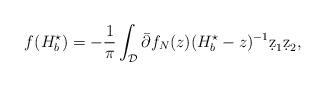
LaTeX: \begin{align*} f(H_b^\star) = -\frac{1}{\pi}\int_\mathcal{D} \Bar{\partial}f_N(z)(H_b^\star-z)^{-1} \d z_1 \d z_2,\end{align*}